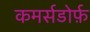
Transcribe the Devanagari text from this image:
कमर्सडोर्फ़